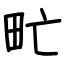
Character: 甿